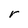
Character: r